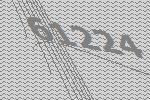
61224